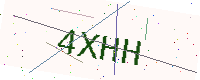
Text: 4XHH